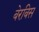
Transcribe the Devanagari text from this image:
बेरबिस